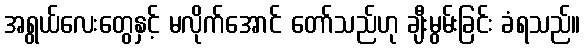
အရွယ်လေးတွေနှင့် မလိုက်အောင် တော်သည်ဟု ချီးမွမ်းခြင်း ခံရသည်။